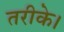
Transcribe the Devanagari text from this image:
तरीके।